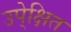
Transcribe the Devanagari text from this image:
उपे्क्षित